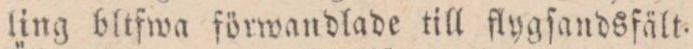
ling bltfwa förwandlade till flygſandsfält.